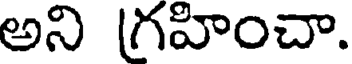
అని గ్రహించా.